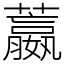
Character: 䕦